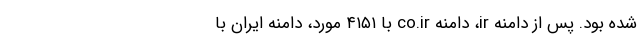
شده بود. پس از دامنه ir، دامنه co.ir با ۴۱۵۱ مورد، دامنه ایران با